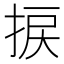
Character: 捩